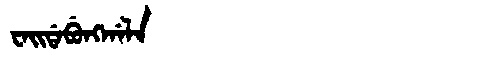
Manchu: ᠸᠠᡳᡩᠠᠪᡠᠩᡤᠠᠯᠠ
Romanization: WAIDABUNGGALA